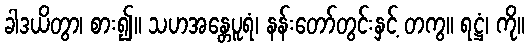
ခါဒယိတွာ၊ စား၍။ သဟအန္တေပူရံ၊ နန်းတော်တွင်းနှင့် တကွ။ ရဋ္ဌံ၊ ကို။